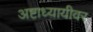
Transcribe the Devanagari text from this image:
अष्टाध्यायीवर